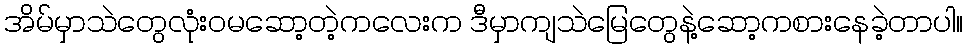
အိမ်မှာသဲတွေလုံးဝမဆော့တဲ့ကလေးက ဒီမှာကျသဲမြေတွေနဲ့ဆော့ကစားနေခဲ့တာပါ။